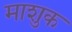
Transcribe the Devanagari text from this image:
माशुक